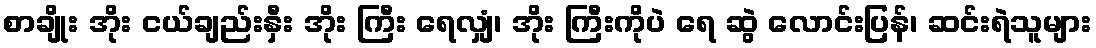
စာချိုး အိုး ငယ်ချည်းနှီး အိုး ကြီး ရေလျှံ၊ အိုး ကြီးကိုပဲ ရေ ဆွဲ လောင်းပြန်၊ ဆင်းရဲသူများ